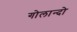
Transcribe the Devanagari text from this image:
गोलान्दो